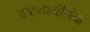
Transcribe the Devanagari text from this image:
अष्टयामीसेवा